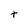
Character: t